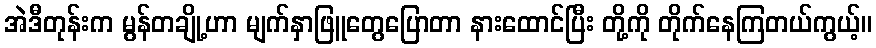
အဲဒီတုန်းက မွန်တချို့ဟာ မျက်နှာဖြူတွေပြောတာ နားထောင်ပြီး တို့ကို တိုက်နေကြတယ်ကွယ့်။